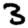
Digit: 3